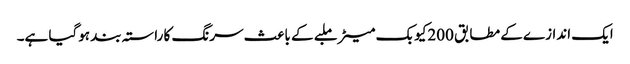
ایک اندازے کے مطابق 200کیوبک میٹر ملبے کے باعث سرنگ کا راستہ بند ہوگیا ہے۔